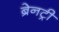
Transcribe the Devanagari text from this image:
ब्रेनट्री